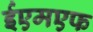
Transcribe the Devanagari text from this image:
ईएमएफ